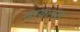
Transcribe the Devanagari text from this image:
बायलस